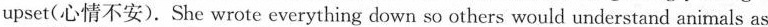
upset(心情不安).She wrote everything down so others would understand animals as